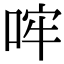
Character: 哰